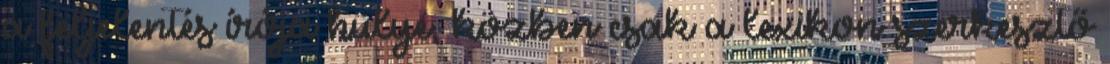
a feljelentés írója hülye, közben csak a lexikon szerkesztő